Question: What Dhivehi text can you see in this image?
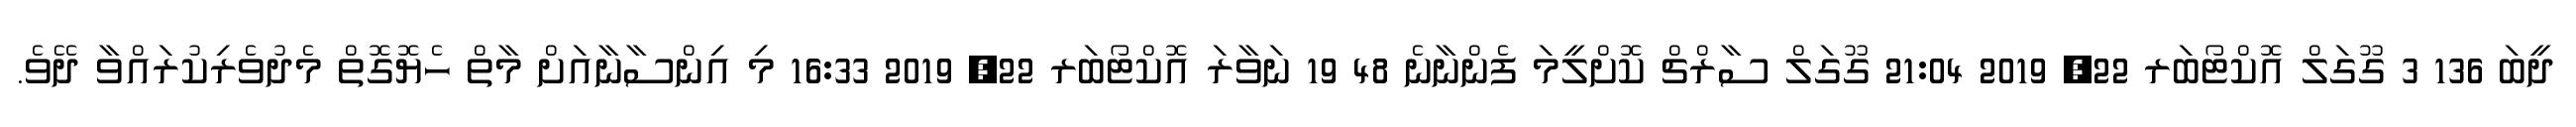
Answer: ދީބަ 136 3 ގޫގަލް އޮކްޓޯބަރ 22, 2019 21:04 ގޫގަލް ސާރްޗް ކޮށްލީމަ ފެންނާނެ 48 19 ނަވާރަ އޮކްޓޯބަރ 22, 2019 16:33 މި އިންސާނާއަށް މާތް ހެޔޮގޮތް މެދުވެރިކުރައްވާ ދޭވެ.